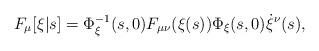
LaTeX: \begin{align*}F_\mu[\xi|s] = \Phi_\xi^{-1}(s,0) F_{\mu\nu}(\xi(s)) \Phi_\xi(s,0) \dot{\xi}^\nu(s),\end{align*}